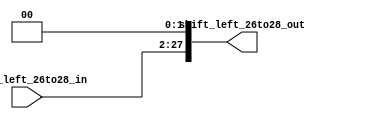
`timescale 1ns / 1ps

module ShiftLeft_26to28(shift_left_26to28_out, shift_left_26to28_in);

	output [27:0]shift_left_26to28_out;
	input [25:0]shift_left_26to28_in; 

	assign shift_left_26to28_out = { shift_left_26to28_in, 2'b00 };

endmodule